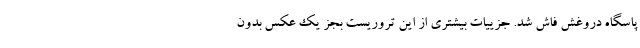
پاسگاه دروغش فاش شد. جزییات بیشتری از این تروریست بجز یک عکس بدون